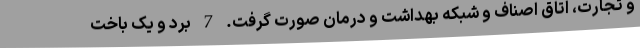
و تجارت، اتاق اصناف و شبکه بهداشت و درمان صورت گرفت. 7 برد و یک باخت